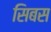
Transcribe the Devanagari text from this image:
सिबस